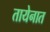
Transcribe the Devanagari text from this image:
तायेनात